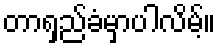
တာရှည်ခံမှာပါလိမ့်။